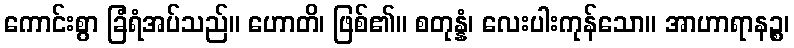
ကောင်းစွာ ခြံရံအပ်သည်။ ဟောတိ၊ ဖြစ်၏။ စတုန္နံ၊ လေးပါးကုန်သော။ အာဟာရာနဉ္စ၊